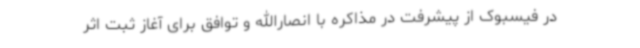
در فیسبوک از پیشرفت در مذاکره با انصارالله و توافق برای آغاز ثبت اثر